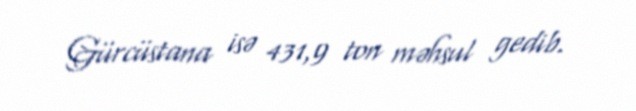
Gürcüstana isə 431,9 ton məhsul gedib.